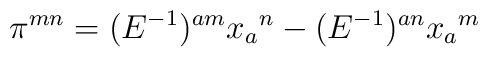
\pi ^{mn} = (E^{-1})^{am} x_a{}^n - (E^{-1})^{an} x_a{}^m